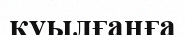
қуылғанға